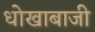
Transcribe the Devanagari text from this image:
धोखाबाजी